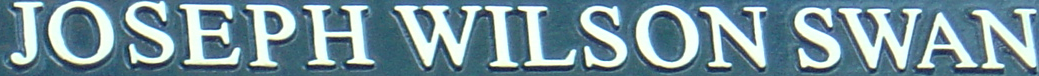
JOSTPH WILSON SWAN